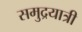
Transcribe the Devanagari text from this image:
समुद्रयात्री